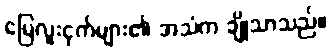
မြေလူးငှက်များ၏ အသံက ချိုသာသည်။